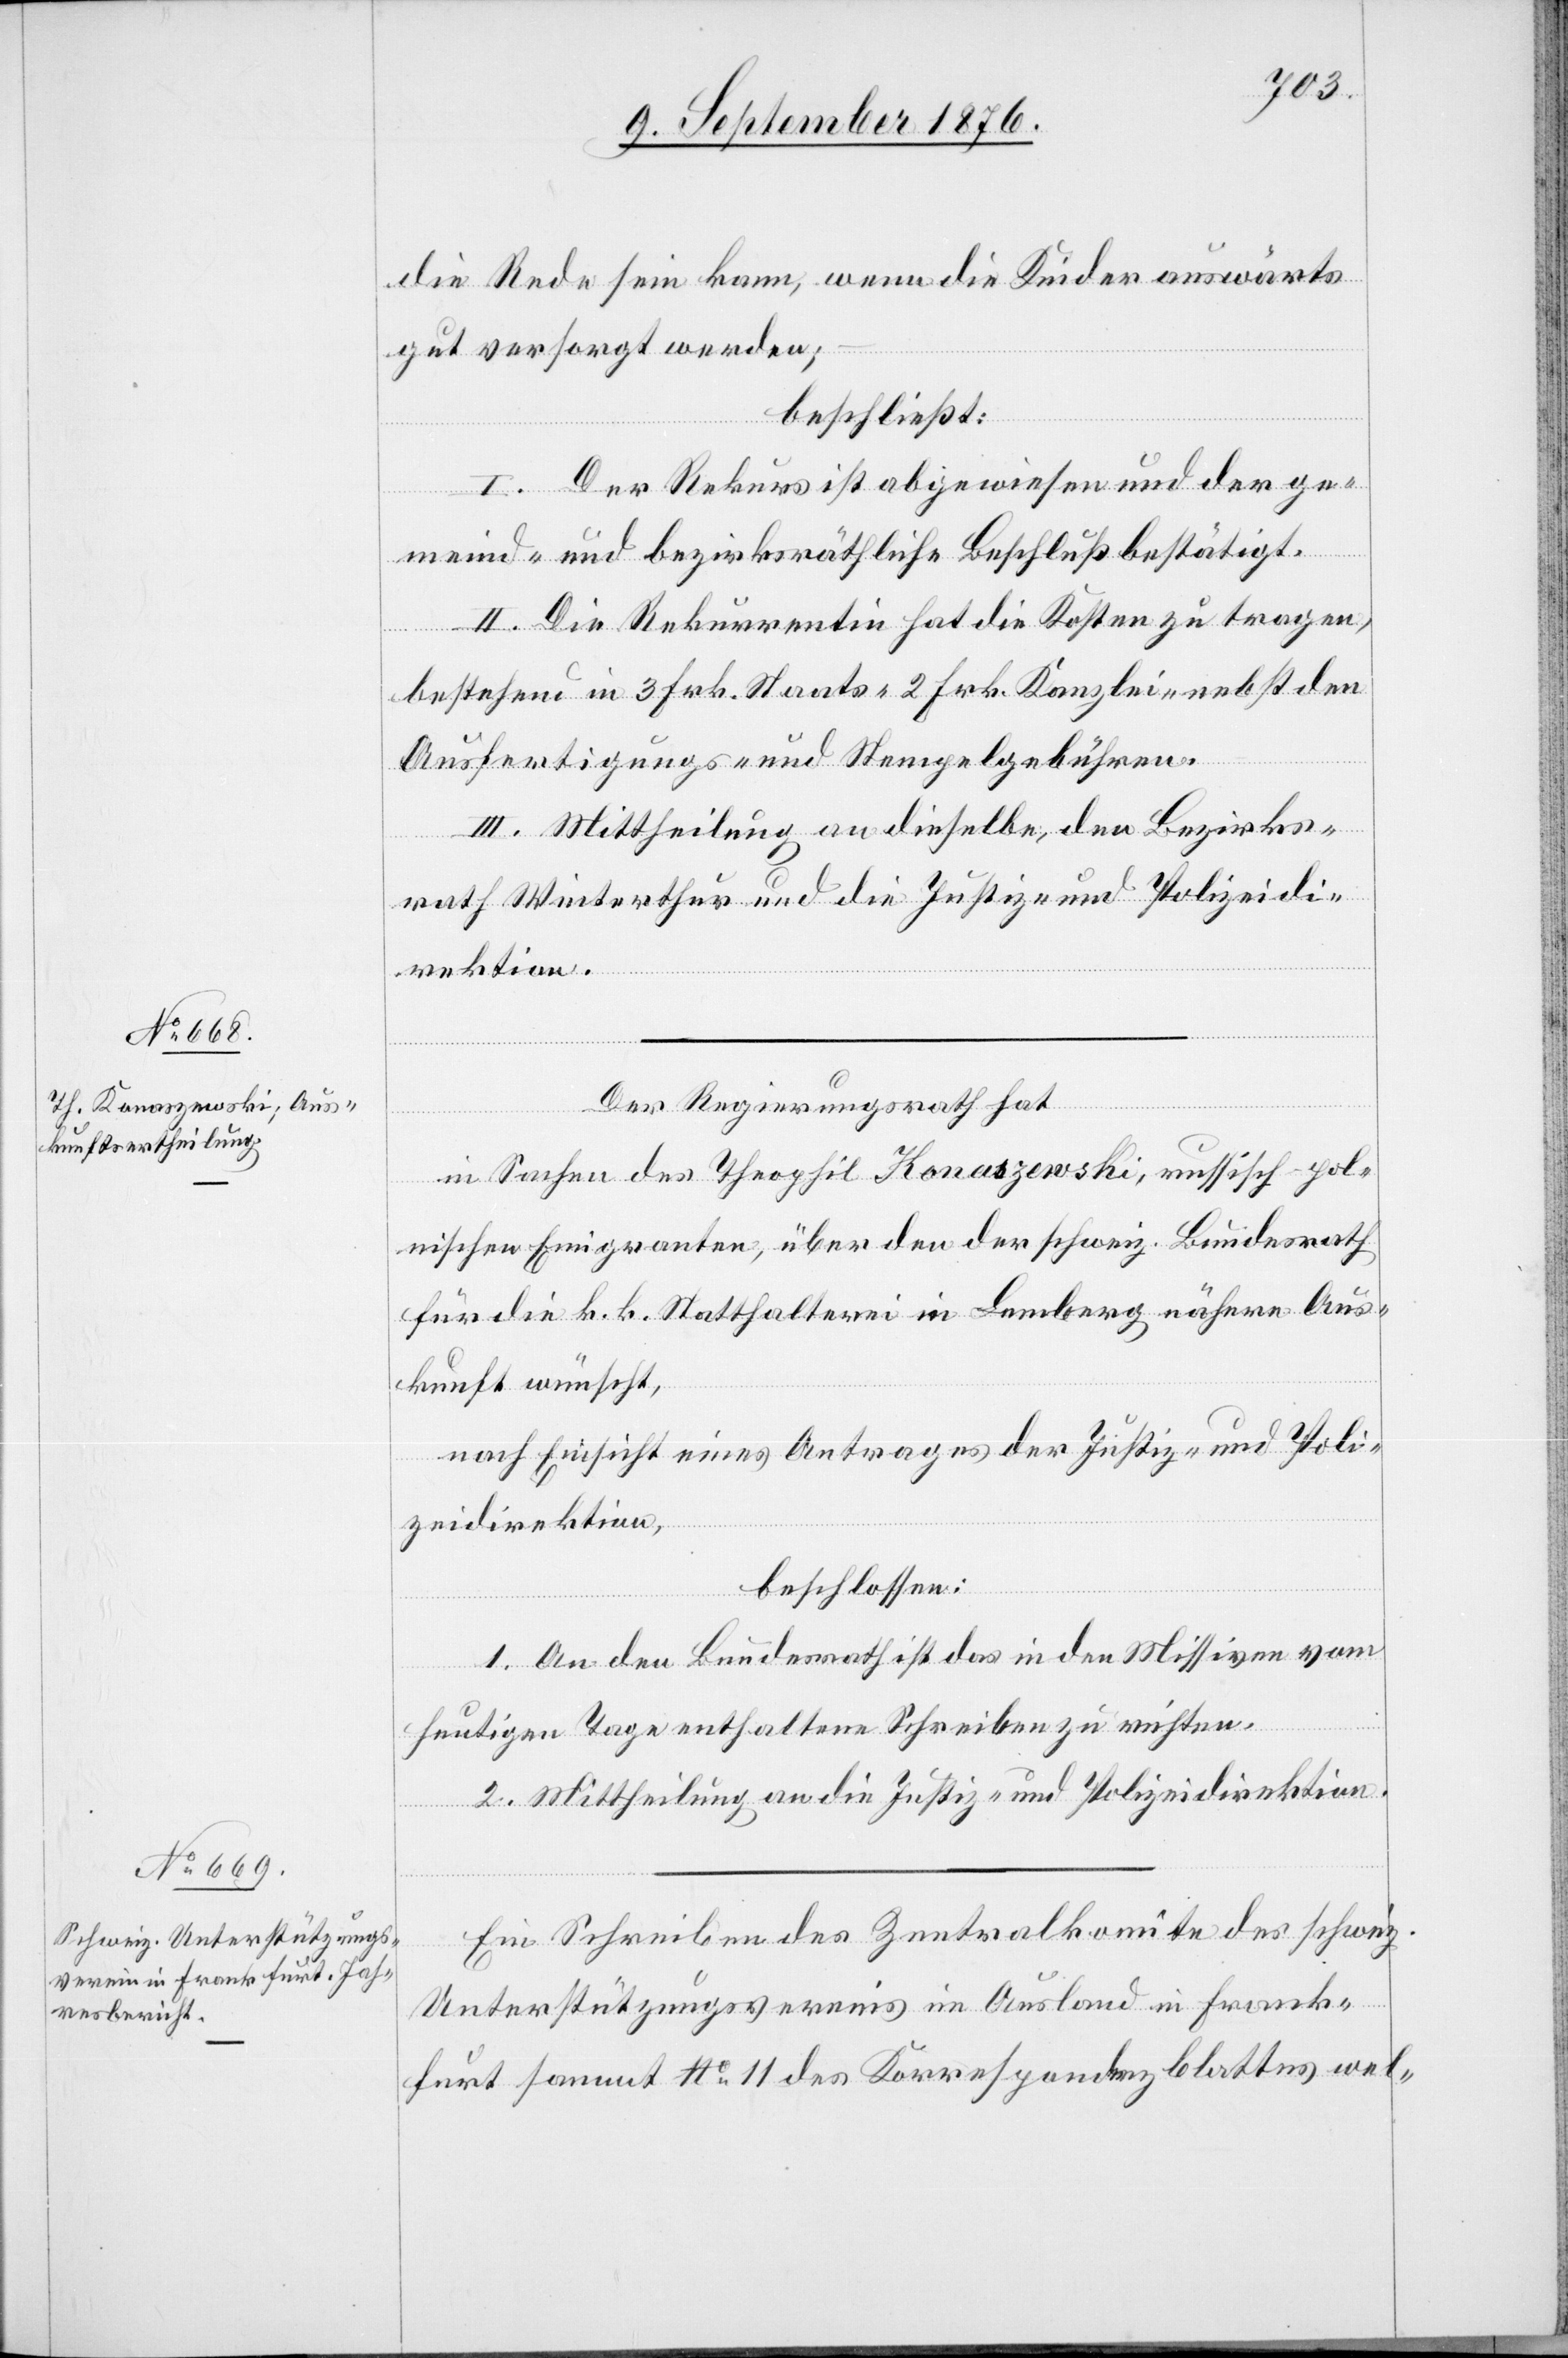
die Rede sein kann, wenn die Kinder auswärts
gut versorgt werden;
beschließt:
I. Der Rekurs ist abgewiesen und der Ge¬
meind- und bezirksräthliche Beschluß bestätigt.
II. Die Rekurrentin hat die Kosten zu tragen,
bestehend in 3 Frk. Staats- 2 Frk. Kanzlei- nebst den
Ausfertigungs- und Stempelgebühren.
III. Mittheilung an dieselbe, den Bezirks¬
rath Winterthur und die Justiz- und Polizeidi¬
rektion.
Der Regierungsrath hat
in Sachen des Theophil Konaszewski, russisch-pol¬
nischen Emigranten, über den der schweiz. Bundesrath
für die k. k. Statthalterei in Bamberg nähere Aus¬
kunft wünscht,
nach Einsicht eines Antrages der Justiz- und Poli¬
zeidirektion,
beschlossen:
1. An den Bundesrath ist das in den Missiven vom
heutigen Tage enthaltene Schreiben zu richten.
2. Mittheilung an die Justiz- und Polizeidirektion.
Ein Schreiben des Zentralkomite des schweiz.
Unterstützungsvereins im Ausland in Frank¬
furt sammt No 11 des Korrespondenzblattes wel-